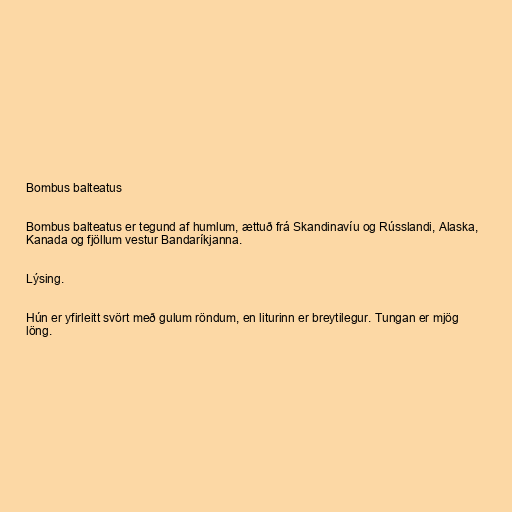
Bombus balteatus

Bombus balteatus er tegund af humlum, ættuð frá Skandinavíu og Rússlandi, Alaska,
Kanada og fjöllum vestur Bandaríkjanna.

Lýsing.

Hún er yfirleitt svört með gulum röndum, en liturinn er breytilegur. Tungan er mjög
löng.